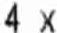
4 X